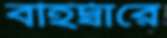
বহির্দ্বারে